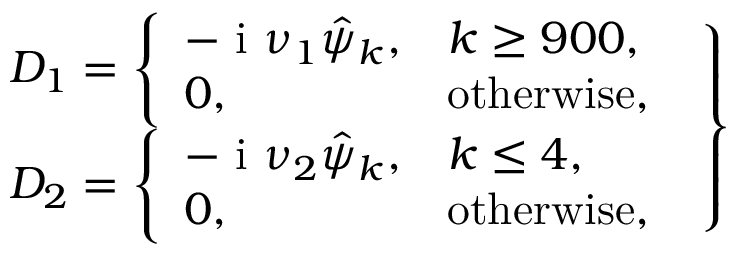
\left. \begin{array} { r } { D _ { 1 } = \left\{ \begin{array} { l l } { - \textnormal { i } \nu _ { 1 } \hat { \psi } _ { k } , } & { k \ge 9 0 0 , } \\ { 0 , } & { \mathrm { o t h e r w i s e } , } \end{array} \right. } \\ { D _ { 2 } = \left\{ \begin{array} { l l } { - \textnormal { i } \nu _ { 2 } \hat { \psi } _ { k } , } & { k \le 4 , } \\ { 0 , } & { \mathrm { o t h e r w i s e } , } \end{array} \right. } \end{array} \right\}